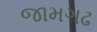
જામગઢ